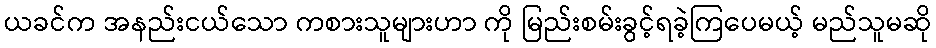
ယခင်က အနည်းငယ်သော ကစားသူများဟာ ကို မြည်းစမ်းခွင့်ရခဲ့ကြပေမယ့် မည်သူမဆို